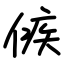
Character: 㑵